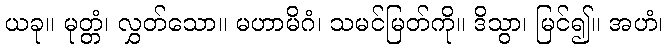
ယခု။ မုတ္တံ၊ လွှတ်သော။ မဟာမိဂံ၊ သမင်မြတ်ကို။ ဒိသွာ၊ မြင်၍။ အဟံ၊